Report on the treatment of epidemic cholera: from information collected by the governments of Bengal, Madras, Bombay, N.W. Provinces, Punjab, Oudh, and Central India, by order of the Government of India
Disease focus: Cholera
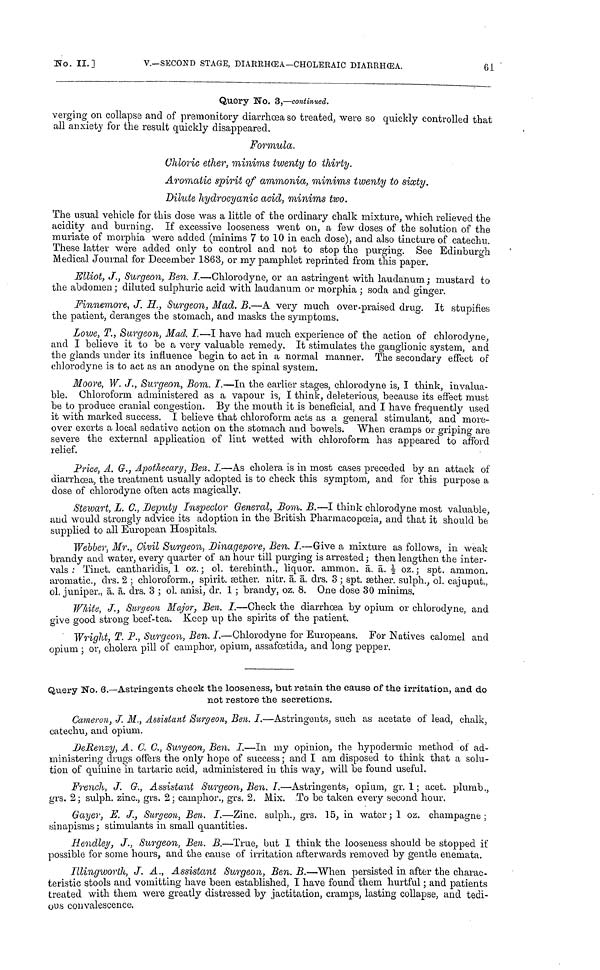
No. II.]
V.—SECOND STAGE, DIARRHŒA—CHOLERAIC DIARRHŒA.
61
Query No. 3,—continued.
verging on collapse and of premonitory diarrhoea so treated, were so quickly controlled that
all anxiety for the result quickly disappeared.
Formula.
Chloric ether, minims twenty to thirty.
Aromatic spirit of ammonia, minims twenty to sixty.
Dilute hydrocyanic acid, minims two.
The usual vehicle for this dose was a little of the ordinary chalk mixture, which relieved the
acidity and burning. If excessive looseness went on, a few doses of the solution of the
muriate of morphia were added (minims 7 to 10 in each dose), and also tincture of catechu.
These latter were added only to control and not to stop the purging. See Edinburgh
Medical Journal for December 1868, or my pamphlet reprinted from this paper.
Elliot, J., Surgeon, Ben. I.—Chlorodyne, or an astringent with laudanum ; mustard to
the abdomen ; diluted sulphuric acid with laudanum or morphia ; soda and ginger.
Finnemore, J. H., Surgeon, Mad. B.—A very much over-praised drug. It sfupifies
the patient, deranges the stomach, and masks the symptoms.
Lowe, T., Surgeon, Mad. I.—I have had much experience of the action of chlorodyne,
and I believe it to be a very valuable remedy. It stimulates the gauglionic system, and
the glands under its influence begin to act in a normal manner. The secondary effect of
chlorodyne is to act as an anodyne on the spinal system.
Moore, W. J., Surgeon, Bom. I.—In the earlier stages, chlorodyne is, I think, invalua-
ble. Chloroform administered as a vapour is, I think, deleterious, because its effect must
be to produce cranial congestion. By the mouth it is beneficial, and I have frequently used
it with marked success. I believe that chloroform acts as a general stimulant, and more-
over exerts a local sedative action on the stomach and bowels. When cramps or griping are
severe the external application of lint wetted with chloroform has appeared to afford
relief.
Price, A. G., Apothecary, Ben. I.—As cholera is in most cases preceded by an attack of
diarrhœa, the treatment usually adopted is to check this symptom, and for this purpose a
dose of chlorodyne often acts magically.
Stewart, L. C., Deputy Inspector General, Bom. B.—I think chlorodyne most valuable,
and would strongly advice its adoption in the British Pharmacopœia, and that it should be
supplied to all European Hospitals.
Webber, Mr., Civil Surgeon, Dinagepore, Ben. I.—Grive a mixture as follows, in weak
brandy and water, every quarter of an hour till purging is arrested; then lengthen the inter-
vals : Tinct. cantharidis, 1 oz. ; ol. terebinth., liquor. ammon. ā. ā. ½ oz. ; spt. ammon.
aromatic., drs. 2 ; chloroform., spirit. æther, nitr. ā. ā. drs. 3 ; spt. æther. sulph., ol. cajuput.,
ol. juniper., ā. ā. drs. 3 ; ol. anisi, dr. 1 ; brandy, oz. 8. One dose 30 minims.
White, J., Surgeon Major, Ben. I.—Check the diarrhoea by opium or chlorodyne, and
give good strong beef-tea. Keep up the spirits of the patient.
Wright, T. P., Surgeon, Ben. I.—Chlorodyne for Europeans. For Natives calomel and
opium ; or, cholera pill of camphor, opium, assafœtida, and long pepper.
Query No. 6. Astringents cheek the looseness, but retain the cause of the irritation, and do
not restore the secretions.
Cameron, J. M., Assistant Surgeon, Ben. I.—Astringents, such as acetate of lead, chalk,
catechu, and opium.
DeRenzy, A. C. C., Surgeon, Ben. I.—In my opinion, the hypodermic method of ad-
ministering drugs offers the only hope of success ; and I am disposed to think that a solu-
tion of quinine In. tartaric acid, administered in this way, will be found useful.
French, J. G., Assistant Surgeon, Ben. L—Astringents, opium, gr. 1 ; acet. plumb.,
grs. 2 ; sulph. zinc., grs. 2 ; camphor., grs. 2. Mix. To be taken every second hour.
Gayer, E. J., Surgeon, Ben. I.—Zinc. sulph., grs. 15, in water; 1 oz. champagne;
sinapisms ; stimulants in small quantities.
Hendley, J., Surgeon, Ben. B.—True, but I think the looseness should be stopped if
possible for some hours, and the cause of irritation afterwards removed by gentle enemata.
Illingworth, J. A., Assistant Surgeon, Ben. B.—When persisted in after the charac-
teristic stools and vomitting have been established, I have found them hurtful ; and patients
treated with them were greatly distressed by jactitation, cramps, lasting collapse, and tedi-
ous convalescence.